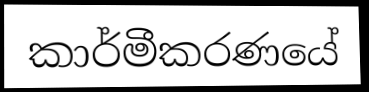
කාර්මීකරණයේ